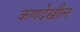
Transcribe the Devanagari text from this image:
कणदेखील